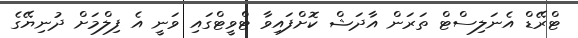
ޓްރޭޑް އެނަލިސްޓް ތަރަން އާދަޝް ކޮށްފައިވާ ޓްވީޓްގައި ވަނީ އެ ފިލްމަށް ދުނިޔޭގެ